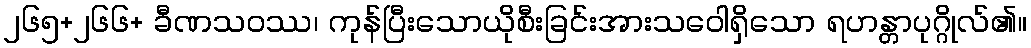
၂၆၅+၂၆၆+ ခီဏသဝဿ၊ ကုန်ပြီးသောယိုစီးခြင်းအားသဝေါရှိသော ရဟန္တာပုဂ္ဂိုလ်၏။